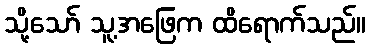
သို့သော် သူ့အဖြေက ထိရောက်သည်။